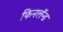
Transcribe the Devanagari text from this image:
फिनलॅन्ड